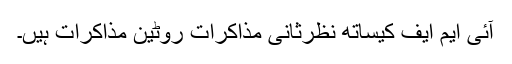
آئی ایم ایف کیساتھ نظرثانی مذاکرات روٹین مذاکرات ہیں۔